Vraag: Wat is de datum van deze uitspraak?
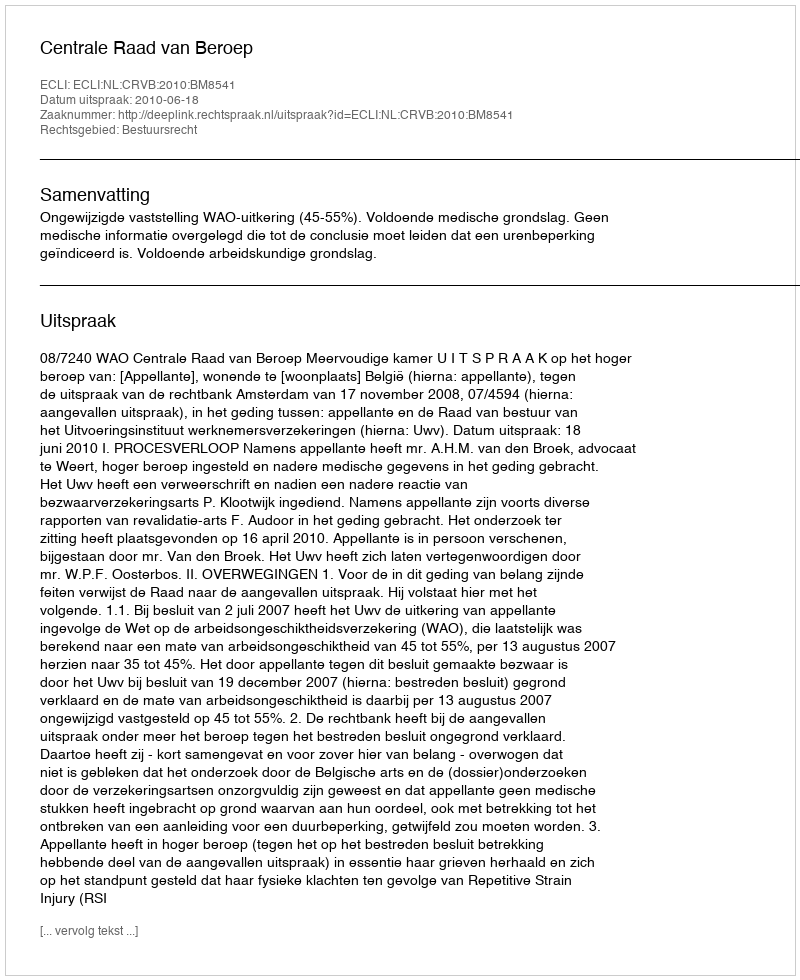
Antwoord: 2010-06-18